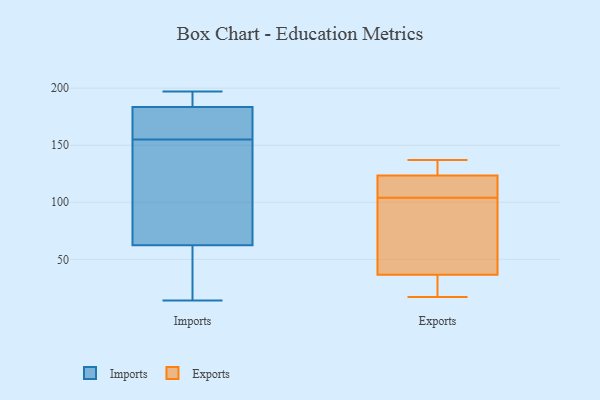
{"axis": {"x": "Market Share (%)", "y": "Value"}, "legend": ["Exports", "Imports"], "data": [{"x": "", "y": 36, "type": "Imports"}, {"x": "", "y": 180, "type": "Imports"}, {"x": "", "y": 194, "type": "Imports"}, {"x": "", "y": 14, "type": "Imports"}, {"x": "", "y": 158, "type": "Imports"}, {"x": "", "y": 197, "type": "Imports"}, {"x": "", "y": 118, "type": "Imports"}, {"x": "", "y": 51, "type": "Imports"}, {"x": "", "y": 66, "type": "Imports"}, {"x": "", "y": 196, "type": "Imports"}, {"x": "", "y": 155, "type": "Imports"}, {"x": "", "y": 73, "type": "Imports"}, {"x": "", "y": 175, "type": "Imports"}, {"x": "", "y": 59, "type": "Exports"}, {"x": "", "y": 49, "type": "Exports"}, {"x": "", "y": 107, "type": "Exports"}, {"x": "", "y": 17, "type": "Exports"}, {"x": "", "y": 123, "type": "Exports"}, {"x": "", "y": 125, "type": "Exports"}, {"x": "", "y": 84, "type": "Exports"}, {"x": "", "y": 101, "type": "Exports"}, {"x": "", "y": 117, "type": "Exports"}, {"x": "", "y": 134, "type": "Exports"}, {"x": "", "y": 124, "type": "Exports"}, {"x": "", "y": 24, "type": "Exports"}, {"x": "", "y": 19, "type": "Exports"}, {"x": "", "y": 112, "type": "Exports"}, {"x": "", "y": 19, "type": "Exports"}, {"x": "", "y": 137, "type": "Exports"}]}